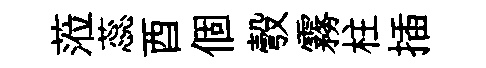
蒞蕊酉個彀霧柱插